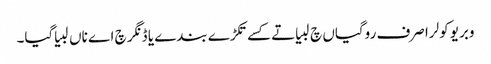
وبریو کولرا صرف روگیاں چ لبیا تے کسے تکڑے بندے یا ڈنگر چ اے ناں لبیا گیا۔